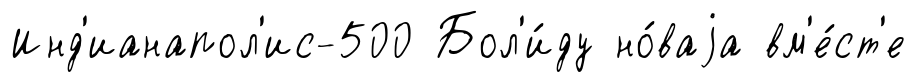
Инд'ианапол'ис-500 Бол'и́ду но́ваjа вм'е́ст'е